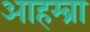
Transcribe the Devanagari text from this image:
आहम्ब्रा